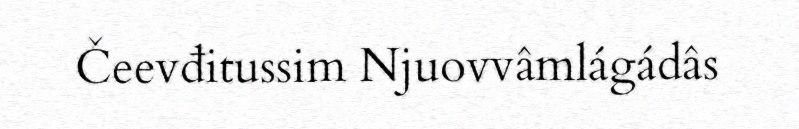
Čeevđitussim Njuovvâmlágádâs